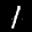
Label: 1